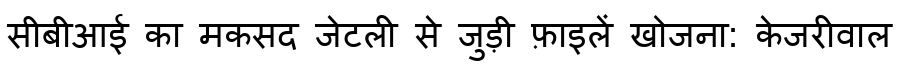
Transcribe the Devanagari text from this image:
सीबीआई का मकसद जेटली से जुड़ी फ़ाइलें खोजना: केजरीवाल